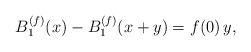
LaTeX: \begin{align*}B^{(f)}_{1}(x) - B^{(f)}_{1}(x+y) = f(0)\,y,\end{align*}